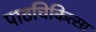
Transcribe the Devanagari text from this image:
पाठचिकित्सा